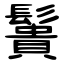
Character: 䰎